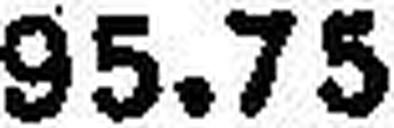
95.75